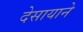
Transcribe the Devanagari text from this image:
देसायाने